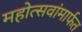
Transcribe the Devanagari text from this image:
महोत्सवांमार्फत